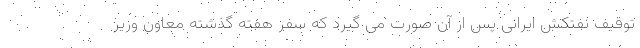
توقیف نفتکش ایرانی پس از آن صورت می گیرد که سفر هفته گذشته معاون وزیر